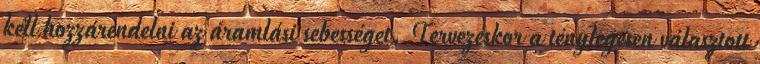
kell hozzárendelni az áramlási sebességet. Tervezéskor a ténylegesen választott